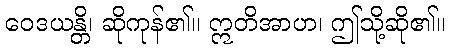
ဝေဒယန္တိ၊ ဆိုကုန်၏။ ဣတိအာဟ၊ ဤသို့ဆို၏။